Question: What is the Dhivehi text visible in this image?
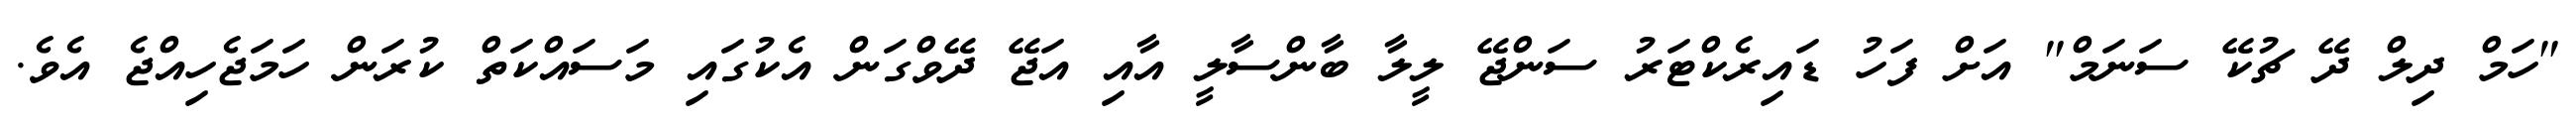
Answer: "ހަމް ދިލް ދޭ ޗުކޭ ސަނަމް" އަށް ފަހު ޑައިރެކްޓަރު ސަންޖޭ ލީލާ ބާންސާލީ އާއި އަޖޭ ދޭވްގަން އެކުގައި މަސައްކަތް ކުރަން ހަމަޖެހިއްޖެ އެވެ.